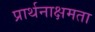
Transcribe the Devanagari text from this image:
प्रार्थनाक्षमता